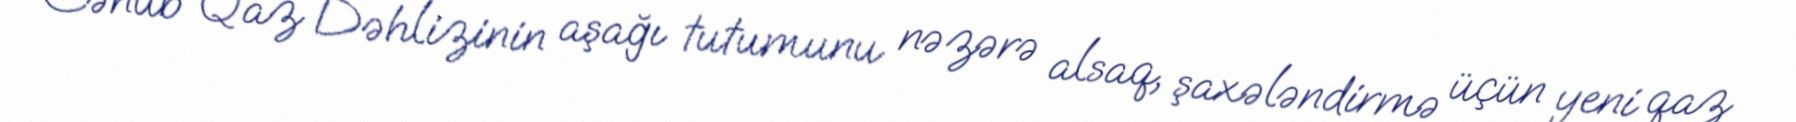
Cənub Qaz Dəhlizinin aşağı tutumunu nəzərə alsaq, şaxələndirmə üçün yeni qaz